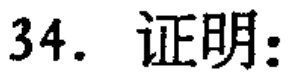
34. 证明: